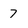
Character: 7